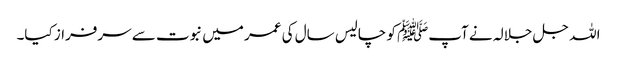
اللہ جل جلالہ نے آپﷺ کو چالیس سال کی عمر میں نبوت سے سرفراز کیا۔